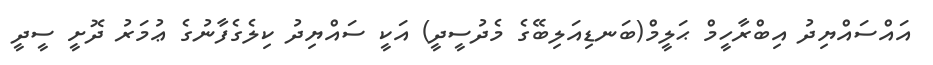
އައްސައްޔިދު އިބްރާހީމް ޙަލީމް(ބަނޑިއަލިބޭގެ މެދުސީދީ) އަކީ ސައްޔިދު ކިލެގެފާނުގެ ޢުމަރު ދޮށީ ސީދީ